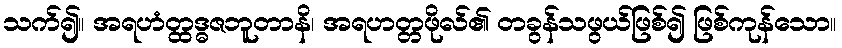
သက်၍။ အရဟံတ္ထဒ္ဓဇဘူတာနိ၊ အရဟတ္တဖိုလ်၏ တခွန်သဖွယ်ဖြစ်၍ ဖြစ်ကုန်သော။